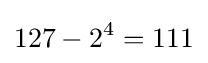
127-2^{4}=111